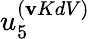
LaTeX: u_{5}^{(\mathbf{v}KdV)}